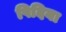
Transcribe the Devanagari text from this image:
पिदिया